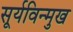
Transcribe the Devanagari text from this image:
सूर्यविन्मुख